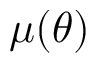
\mu ( \theta )